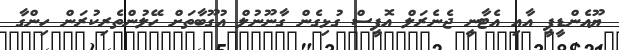
ޔޫއެންޑީޕީ އާއި އެޓާނީ ޖެނެރަލް އޮފީސް ގުޅިގެން ގާނޫނުލް އުގޫބާތަށް ހޭލުންތެރިކުރަން ހިންގާ